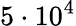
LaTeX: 5\cdot 10^{4}